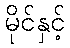
မိုင်နှင့်